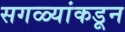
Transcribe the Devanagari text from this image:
सगळ्यांकडून